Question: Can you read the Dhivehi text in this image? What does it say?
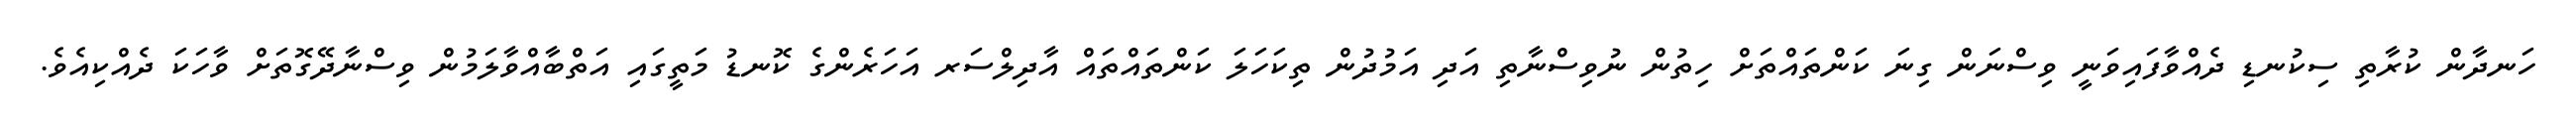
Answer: ހަނދާން ކުރާތި ސިކުނޑި ދެއްވާފައިވަނީ ވިސްނަން ގިނަ ކަންތައްތަށް ހިތުން ނުވިސްނާތި އަދި އަމުދުން ތިކަހަލަ ކަންތައްތައް އާދިލްސަރ އަހަރެންގެ ކޮނޑު މަތީގައި އަތްބާއްވާލަމުން ވިސްނާދޭގޮތަށް ވާހަކަ ދެއްކިއެވެ.